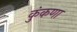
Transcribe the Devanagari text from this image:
कुंकणा